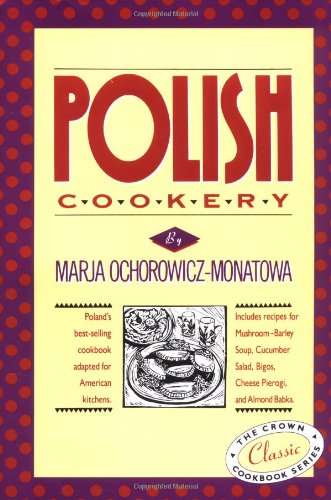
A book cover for Polish Cookery : Poland's Bestselling Cookbook Adapted for American Kitchens; Marja Ochorowicz-Monatowa; Cookbooks, Food & Wine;